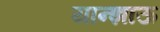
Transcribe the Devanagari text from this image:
यान्झाऊ